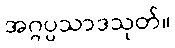
အဂ္ဂပ္ပသာဒသုတ်။